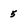
Character: 5